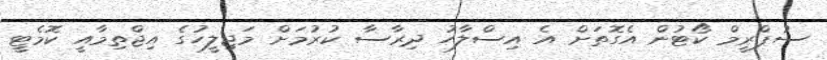
ސުޕްރީމް ކޯޓުން އެގޮތަށް އެ އިސްލާހު ދިރާސާ ކުރުމަށް މަޖިލީހުގެ އިޖްތިމާއީ ކޮމެޓީ